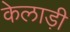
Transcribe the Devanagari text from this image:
केलाड़ी